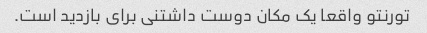
تورنتو واقعا یک مکان دوست داشتنی برای بازدید است.